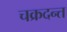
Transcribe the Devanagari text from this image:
चक्रदन्त